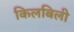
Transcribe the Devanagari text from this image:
किलबिली